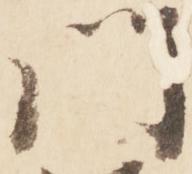
門